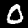
Digit: 0